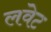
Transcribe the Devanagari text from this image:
लवेट